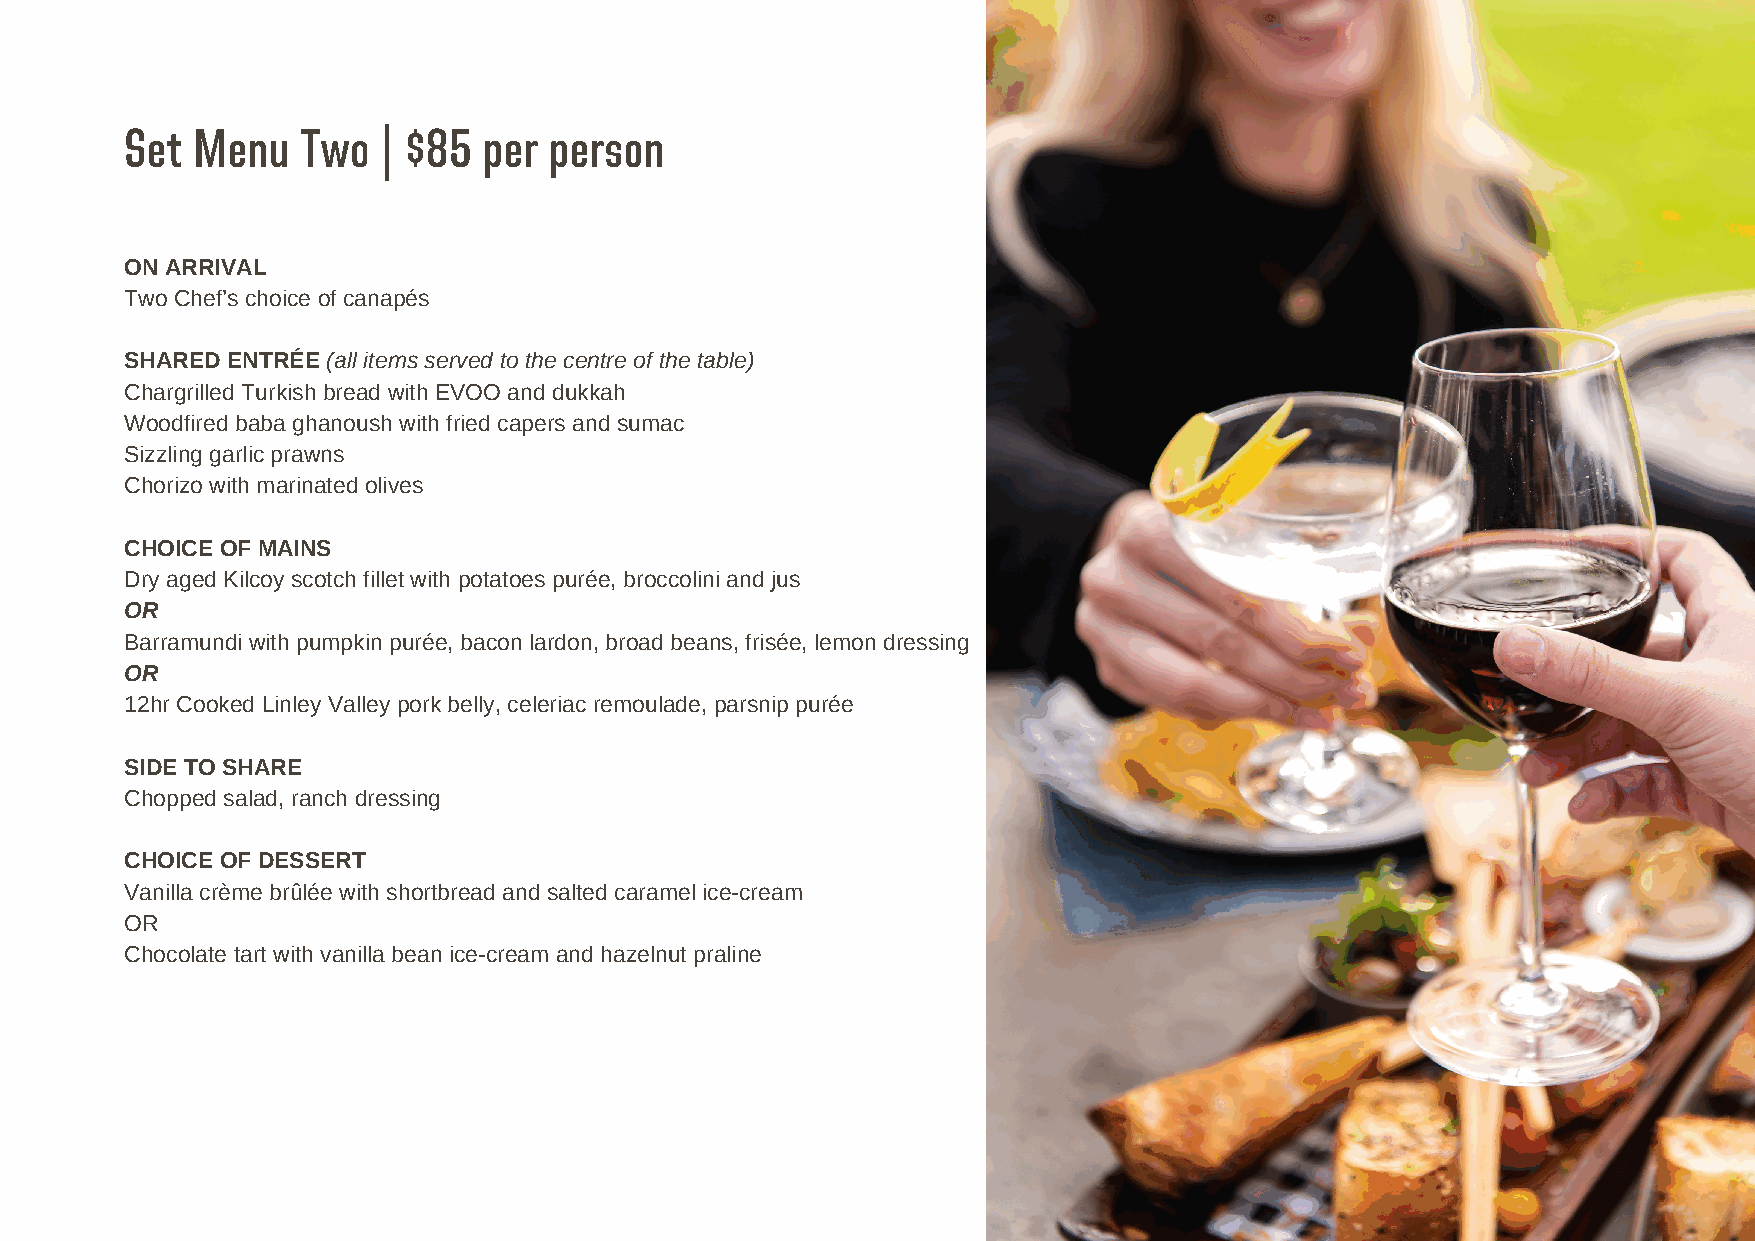
Set  Menu   Two  | $85  per person
 ON ARRIVAL
 Two Chef’s choice of canapés
 SHARED ENTRÉE (all items served to the centre of the table)
 Chargrilled Turkish bread with EVOO and dukkah
 Woodfired baba ghanoush with fried capers and sumac
 Sizzling garlic prawns
 Chorizo with marinated olives
 CHOICE OF MAINS
 Dry aged Kilcoy scotch fillet with potatoes purée, broccolini and jus
 OR
 Barramundi with pumpkin purée, bacon lardon, broad beans, frisée, lemon dressing
 OR
 12hr Cooked Linley Valley pork belly, celeriac remoulade, parsnip purée
 SIDE TO SHARE
 Chopped salad, ranch dressing
 CHOICE OF DESSERT
 Vanilla crème brûlée with shortbread and salted caramel ice-cream
 OR
 Chocolate tart with vanilla bean ice-cream and hazelnut praline